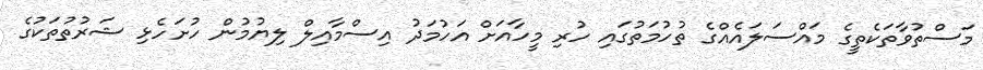
މަސްތުވާތަކެތީގެ މައްސަލައެއްގެ ތުހުމަތުގައި ހުރި މީހާއަށް އަހުމަދު އިސްމާއިލް ލިޔުމުން ހުށަހެޅި ޝަރުތުތަކުގެ